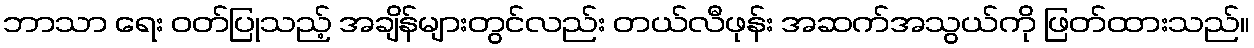
ဘာသာ ရေး ဝတ်ပြုသည့် အချိန်များတွင်လည်း တယ်လီဖုန်း အဆက်အသွယ်ကို ဖြတ်ထားသည်။